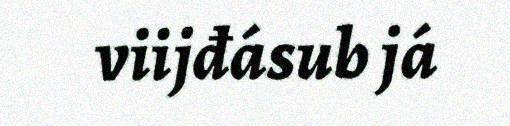
viijđásub já